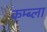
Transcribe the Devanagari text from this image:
कम्ब्ला